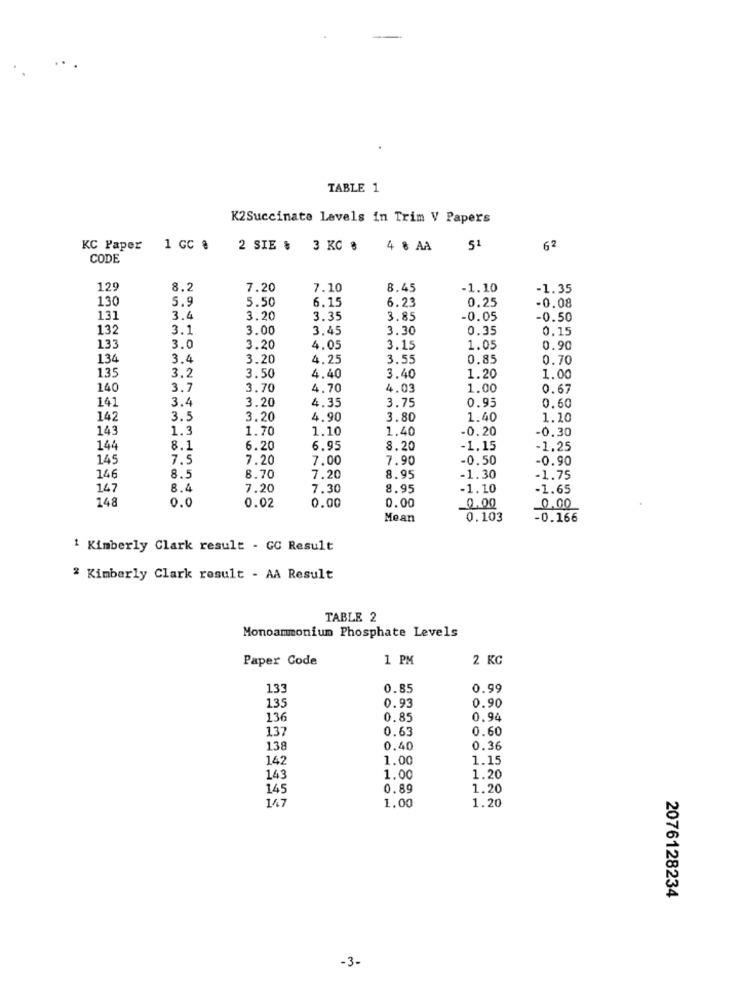
TABLE 1
K2Succinate Levels in Trim V Papers
KC Paper
1 GC @
2 SIE & 3 KG #
4 & AA
51
62
CODE
129
8.2
7.20
7.10
8.45
-1.10
-1.35
130
5.9
5.50
6.15
6.23
0.25
-0.08
131
3.4
3.20
3.35
3.85
0.05
-0.50
13
3.1
3.00
3.45
3.30
0.35
0.15
133
3.0
3.20
4.05
3.15
1.05
0.90
130
3.4
3.20
4.25
3.55
0.85
0.70
135
3.2
3.50
4.40
3.40
1.20
1.00
140
3.1
3.70
4.70
4.03
1.00
0.67
141
3.4
3.20
4.35
3.75
0.95
0.60
142
3.5
3.20
4.90
3.80
1.40
1.10
143
1.
1.70
1.10
1.40
-0.20
0.30
144
8.1
6.20
6.95
8.20
-1.15
-1.25
145
7.
7.20
7.00
7.90
-0.50
-0.90
146
8.5
8.70
7.20
8.95
-1.30
-1.75
147
8.4
7.20
7.30
8.95
-1.10
-1.65
148
0.0
0.02
0.00
0.00
0.00
0.00
Mean
0.103
-0.166
1 Kimberly Clark result - GC Result
2 Kimberly Clark result - AA Result
TABLE 2
Monoammonium Phosphate Levels
Paper Code
1 PM
2 KG
133
0.85
0.99
0.90
135
0.93
136
0.85
0.94
137
0.63
0.60
138
0.40
0.36
142
1.00
1.15
143
1.00
1.20
145
0.89
1.20
147
1.00
1.20
2076128234
-3-